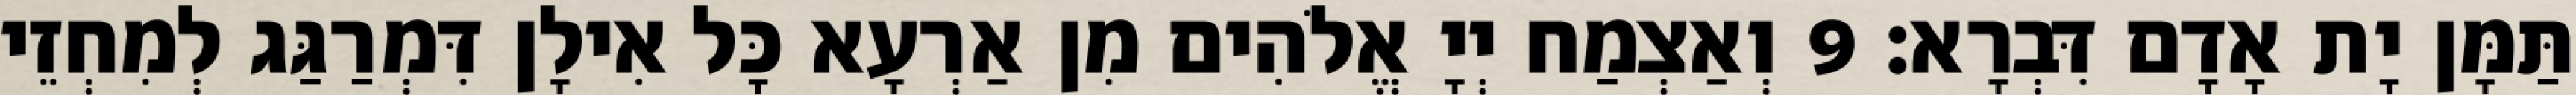
תַּמָּן יָת אָדָם דִּבְרָא׃ 9 וְאַצְמַח יְיָ אֱלֹהִים מִן אַרְעָא כָּל אִילָן דִּמְרַגַּג לְמִחְזֵי